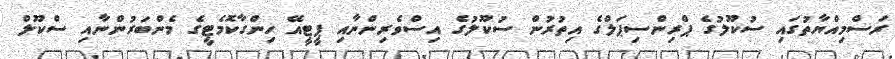
ރަސްމިއްޔާތުގައި ސުކޫލުގެ ޕްރިންސިޕަލްގެ އިތުރުން ސުކޫލުގެ އިސްވެރިންނާއި ޕީޓީއޭ ހިންގާކޮމެޓީގެ މެންބަރުންނާއި ސްކޫލް